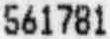
561781